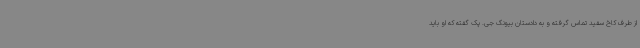
از طرف کاخ سفید تماس گرفته و به دادستان بیونگ جی. پک گفته که او باید